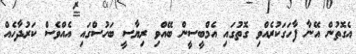
އެގޮތުން އޭނާ ފާހަގަކުރެއްވި ގޮތުގައި އެމްބީސީން ބޭއްވި ރިޔާސީ ބަހުސްގައި އެއްވެސް ކަރުދާހެއް